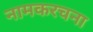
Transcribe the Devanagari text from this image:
नामकरचना